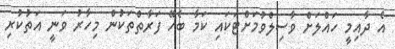
އެ ދާއިމީ ހައްލަށް ވާސިލްވުމަށްޓަކައި ކަމާ ބެހޭ ފަރާތްތަކުން މިހާރު ވަނީ އަތުކުރި